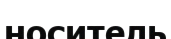
носитель